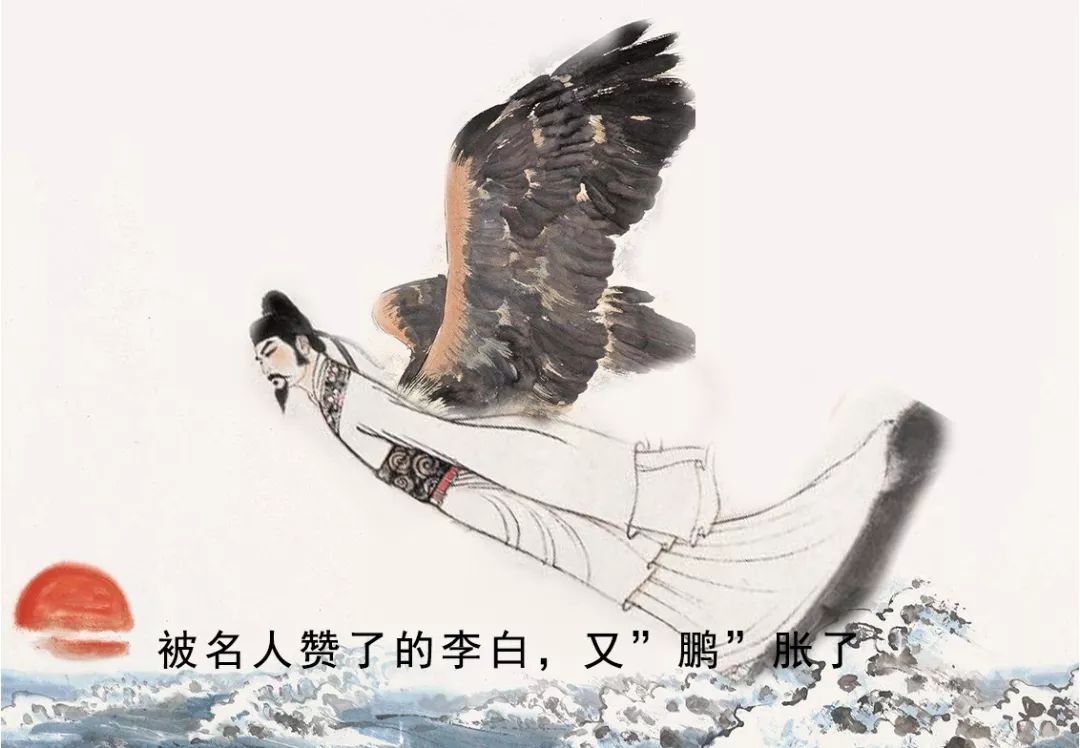
荆州麦熟茧成蛾，缲丝忆君头绪多。